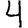
Digit: 4